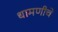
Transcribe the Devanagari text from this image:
धामणीचे